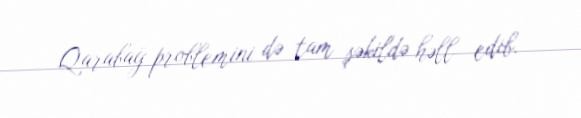
Qarabağ problemini də tam şəkildə həll edib.